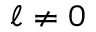
\ell \neq 0